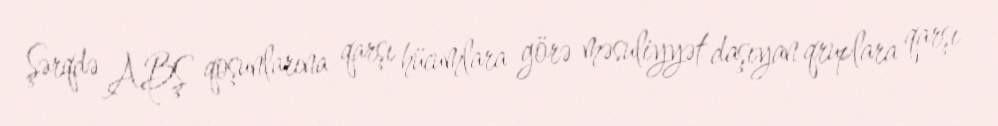
Şərqdə ABŞ qoşunlarına qarşı hücumlara görə məsuliyyət daşıyan qruplara qarşı